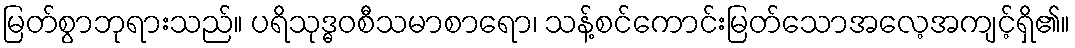
မြတ်စွာဘုရားသည်။ ပရိသုဒ္ဓဝစီသမာစာရော၊ သန့်စင်ကောင်းမြတ်သောအလေ့အကျင့်ရှိ၏။